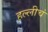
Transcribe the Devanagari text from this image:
हल्लीचं